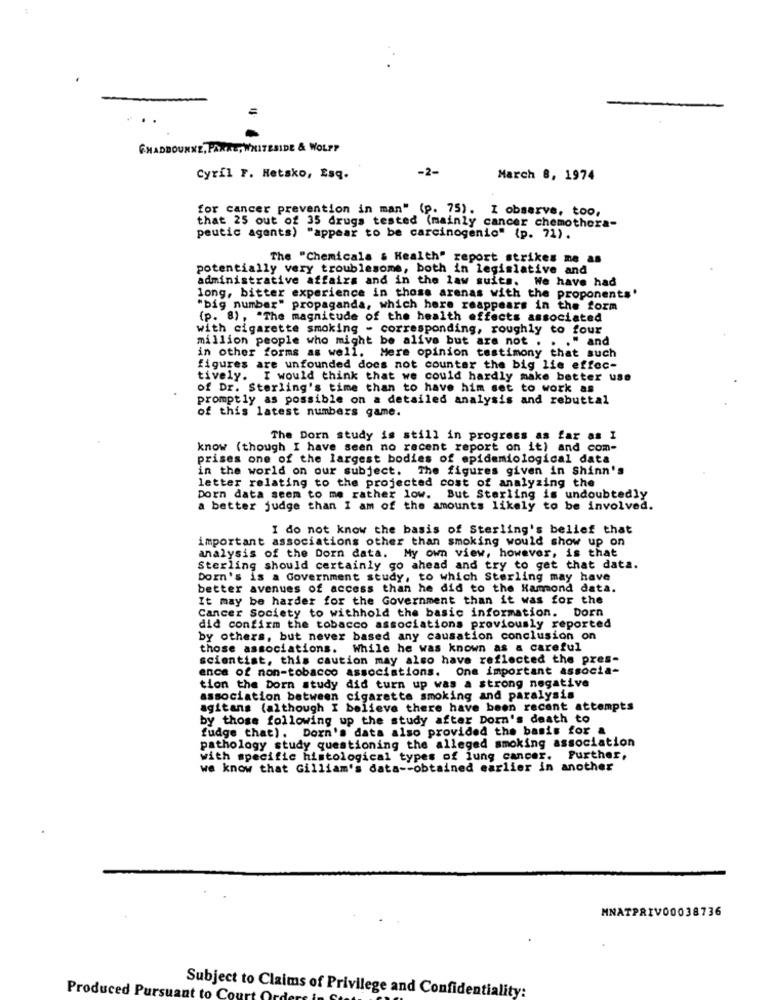
CHADBOURNE, PAKKE, WHITESIDE & WOLFF
-2-
Cyril F. Hetsko, Esq.
March 8, 1974
for cancer prevention in man" (p. 75). I observe, too,
that 25 out of 35 drugs tested (mainly cancer chemothera-
peutic agents) "appear to be carcinogenic" (p. 71).
The "Chemicals & Health" report strikes me as
potentially very troublesome, both in legislative and
administrative affairs and in the law suits. We have had
long, bitter experience in those arenas with the proponents'
"big number" propaganda, which here reappears in the form
(p. 8), "The magnitude of the health effects associated
with cigarette smoking - corresponding, roughly to four
million people who might be alive but are not . . . " and
in other forms as well. Mere opinion testimony that such
figures are unfounded does not counter the big lie effec-
tively. I would think that we could hardly make better use
of Dr. Sterling's time than to have him set to work as
promptly as possible on a detailed analysis and rebuttal
of this latest numbers game.
The Dorn study is still in progress as far as I
know (though I have seen no recent report on it) and com-
prises one of the largest bodies of epidemiological data
in the world on our subject. The figures given in Shinn's
letter relating to the projected cost of analyzing the
Dorn data seem to me rather low. But Sterling is undoubtedly
a better judge than I am of the amounts likely to be involved.
I do not know the basis of Sterling's belief that
important associations other than smoking would show up on
analysis of the Dorn data. My own view, however, is that
Sterling should certainly go ahead and try to get that data.
Dorn's is a Government study, to which Sterling may have
better avenues of access than he did to the Hammond data.
It may be harder for the Government than it was for the
Cancer Society to withhold the basic information. born
did confirm the tobacco associations previously reported
by others, but never based any causation conclusion on
those associations. While he was known as a careful
scientist, this caution may also have reflected the pres-
ence of non-tobacco associations. One important associa-
tion the Dorn study did turn up was a strong negative
association between cigarette smoking and paralysis
agitans (although I believe there have been recent attempts
by those following up the study after Dorn's death to
fudge that). Dorn's data also provided the basis for a
pathology study questioning the alleged smoking association
with specific histological types of lung cancer. Further,
we know that Gilliam's data -- obtained earlier in another
MNATPRIV00038736
Produced Pursuant to Co
Subject to Claims of Privilege and Confidentiality: